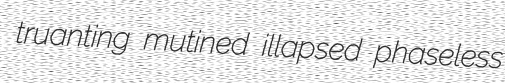
truanting mutined illapsed phaseless